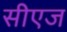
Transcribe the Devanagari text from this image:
सीएज